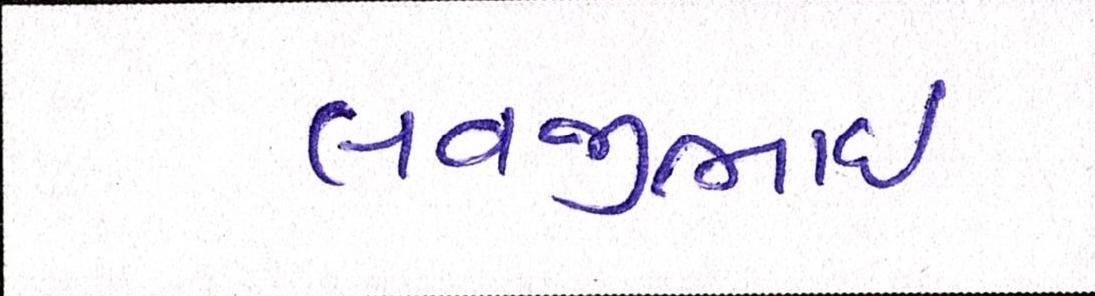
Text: લવજીભાઇ